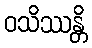
ဝသိဿန္တိ